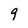
Character: 9